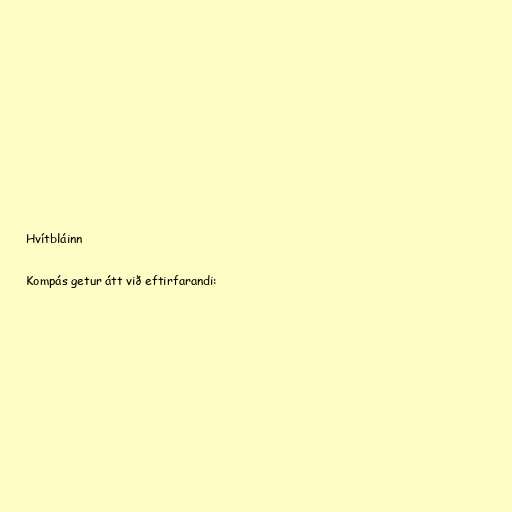
Hvítbláinn

Kompás getur átt við eftirfarandi: